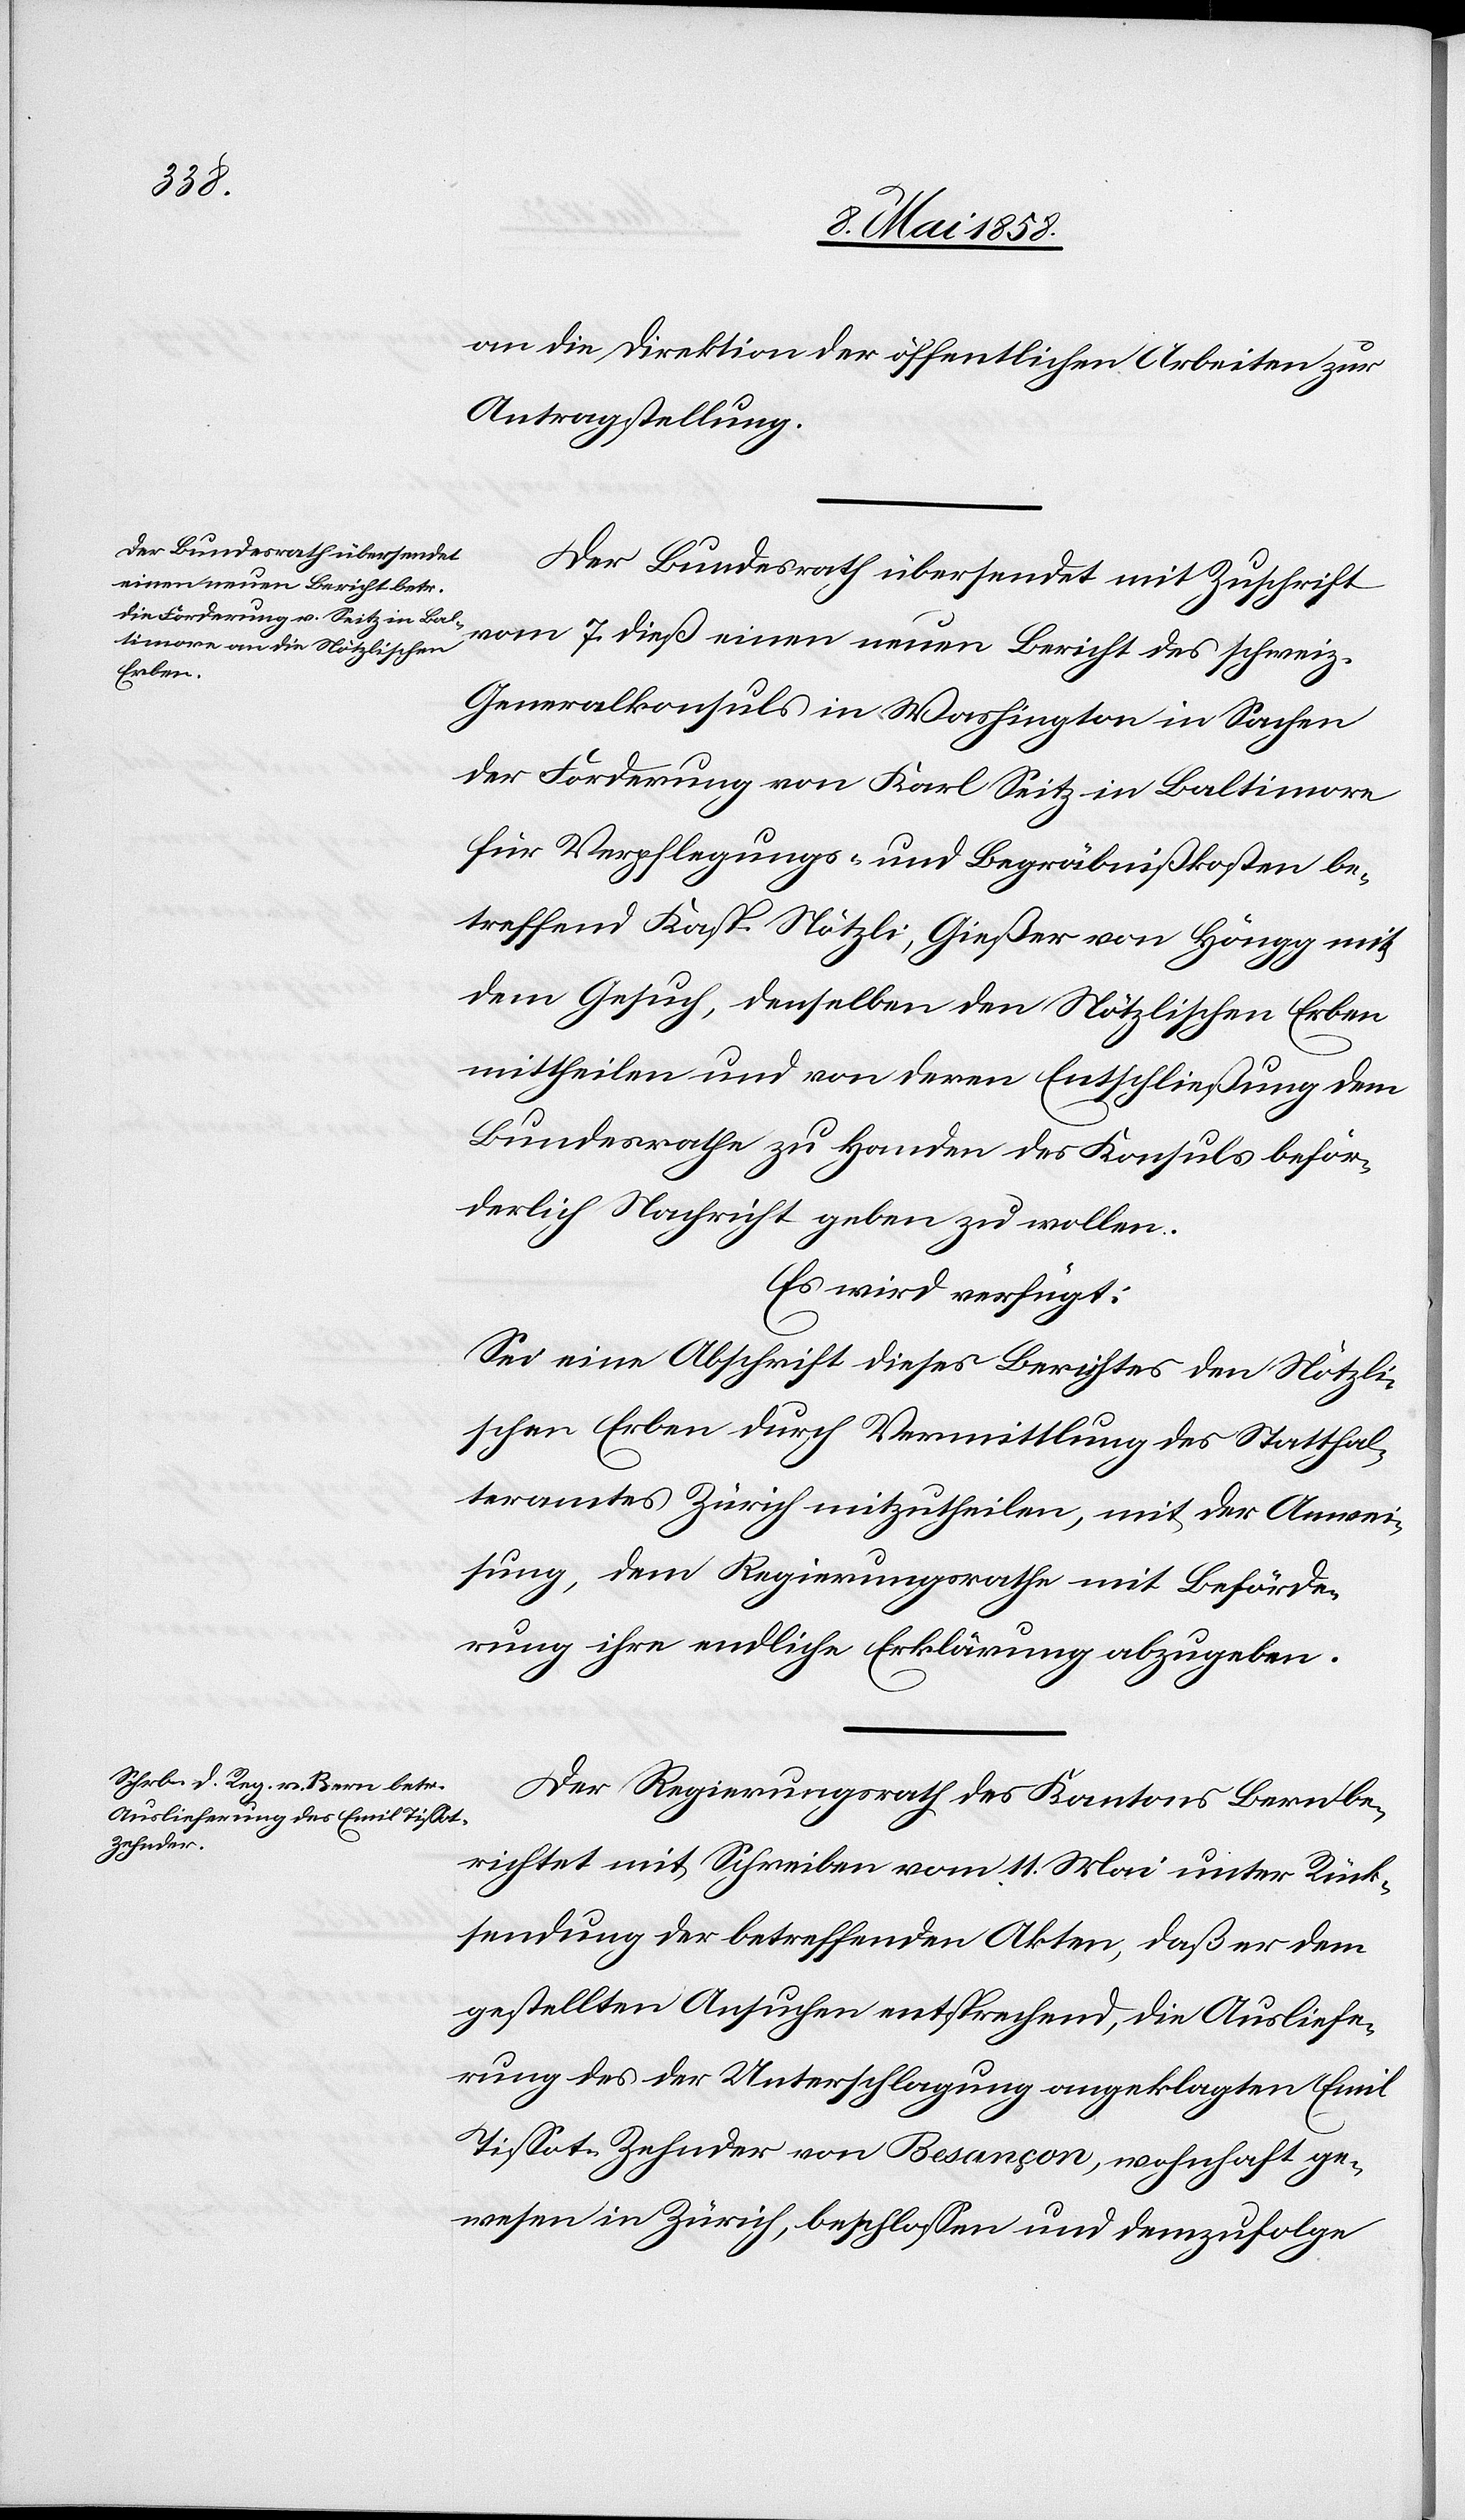
den

13. Mai 1858.]
an die Direktion der öffentlichen Arbeiten zur
Antragstellung.
Der Bundesrath übersendet mit Zuschrift
einen neuen Bericht des
Generalkonsuls in Washington in Sachen
der Forderung von Karl Seitz in Baltimore
für Verpflegungs- und Begräbnißkosten be¬
treffend Karl Nötzli, Gießer von Höngg mit
dem Gesuch, denselben den Nötzlischen Erben
mittheilen und von deren Entschließung dem
Bundesrathe zu Handen des Konsuls beför¬
derlich Nachricht geben zu wollen.
Es wird verfügt:
Sei eine Abschrift dieses Berichtes den Nötzli¬
schen Erben durch Vermittlung des Statthal¬
teramtes Zürich mitzutheilen, mit der Anwei¬
sung, dem Regierungsrathe mit Beförde¬
rung ihre endliche Erklärung abzugeben.
Der Regierungsrath des Kantons Bern be¬
richtet mit Schreiben vom 11. Mai unter Rück¬
sendung der betreffenden Akten, daß er dem
gestellten Ansuchen entsprechend, die Ausliefe¬
rung des der Unterschlagung angeklagten Emil
Tissot-Zehnder von Besançon, wohnhaft ge¬
wesen in Zürich, beschlossen und demzufolge